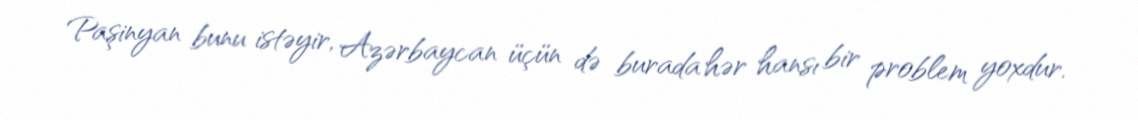
Paşinyan bunu istəyir, Azərbaycan üçün də burada hər hansı bir problem yoxdur.